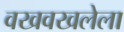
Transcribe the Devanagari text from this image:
वखवखलेला